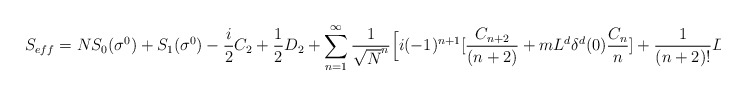
\begin{align*}S_{eff}=NS_{0}(\sigma^{0})+S_{1}(\sigma^{0})-{i\over 2}C_{2}+{1\over 2}D_{2}+\sum_{n=1}^{\infty}{1\over\sqrt{N}^{n}}\Big[i(-1)^{n+1}[{C_{n+2}\over (n+2)} +mL^{d}\delta^{d}(0){C_{n}\over n}]+{1\over (n+2)!}D_{n+2}\Big]\end{align*}